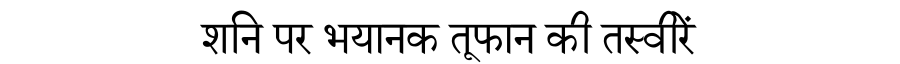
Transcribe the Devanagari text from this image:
शनि पर भयानक तूफान की तस्वीरें